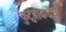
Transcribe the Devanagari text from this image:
कुटुंबाकडेच